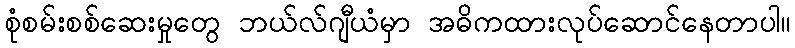
စုံစမ်းစစ်ဆေးမှုတွေ ဘယ်လ်ဂျီယံမှာ အဓိကထားလုပ်ဆောင်နေတာပါ။